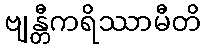
ဗျန္တီကရိဿာမီတိ